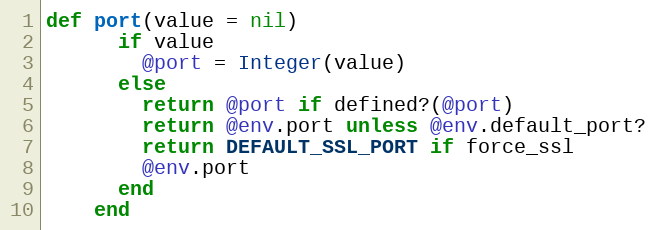
Language: Ruby
def port(value = nil)
      if value
        @port = Integer(value)
      else
        return @port if defined?(@port)
        return @env.port unless @env.default_port?
        return DEFAULT_SSL_PORT if force_ssl
        @env.port
      end
    end